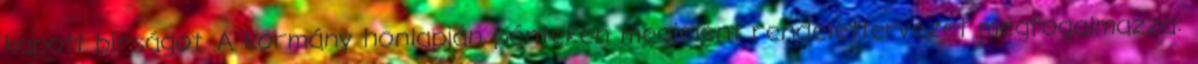
kapott bírságot. A kormány honlapján pénteken megjelent rendelettervezet megfogalmazza: